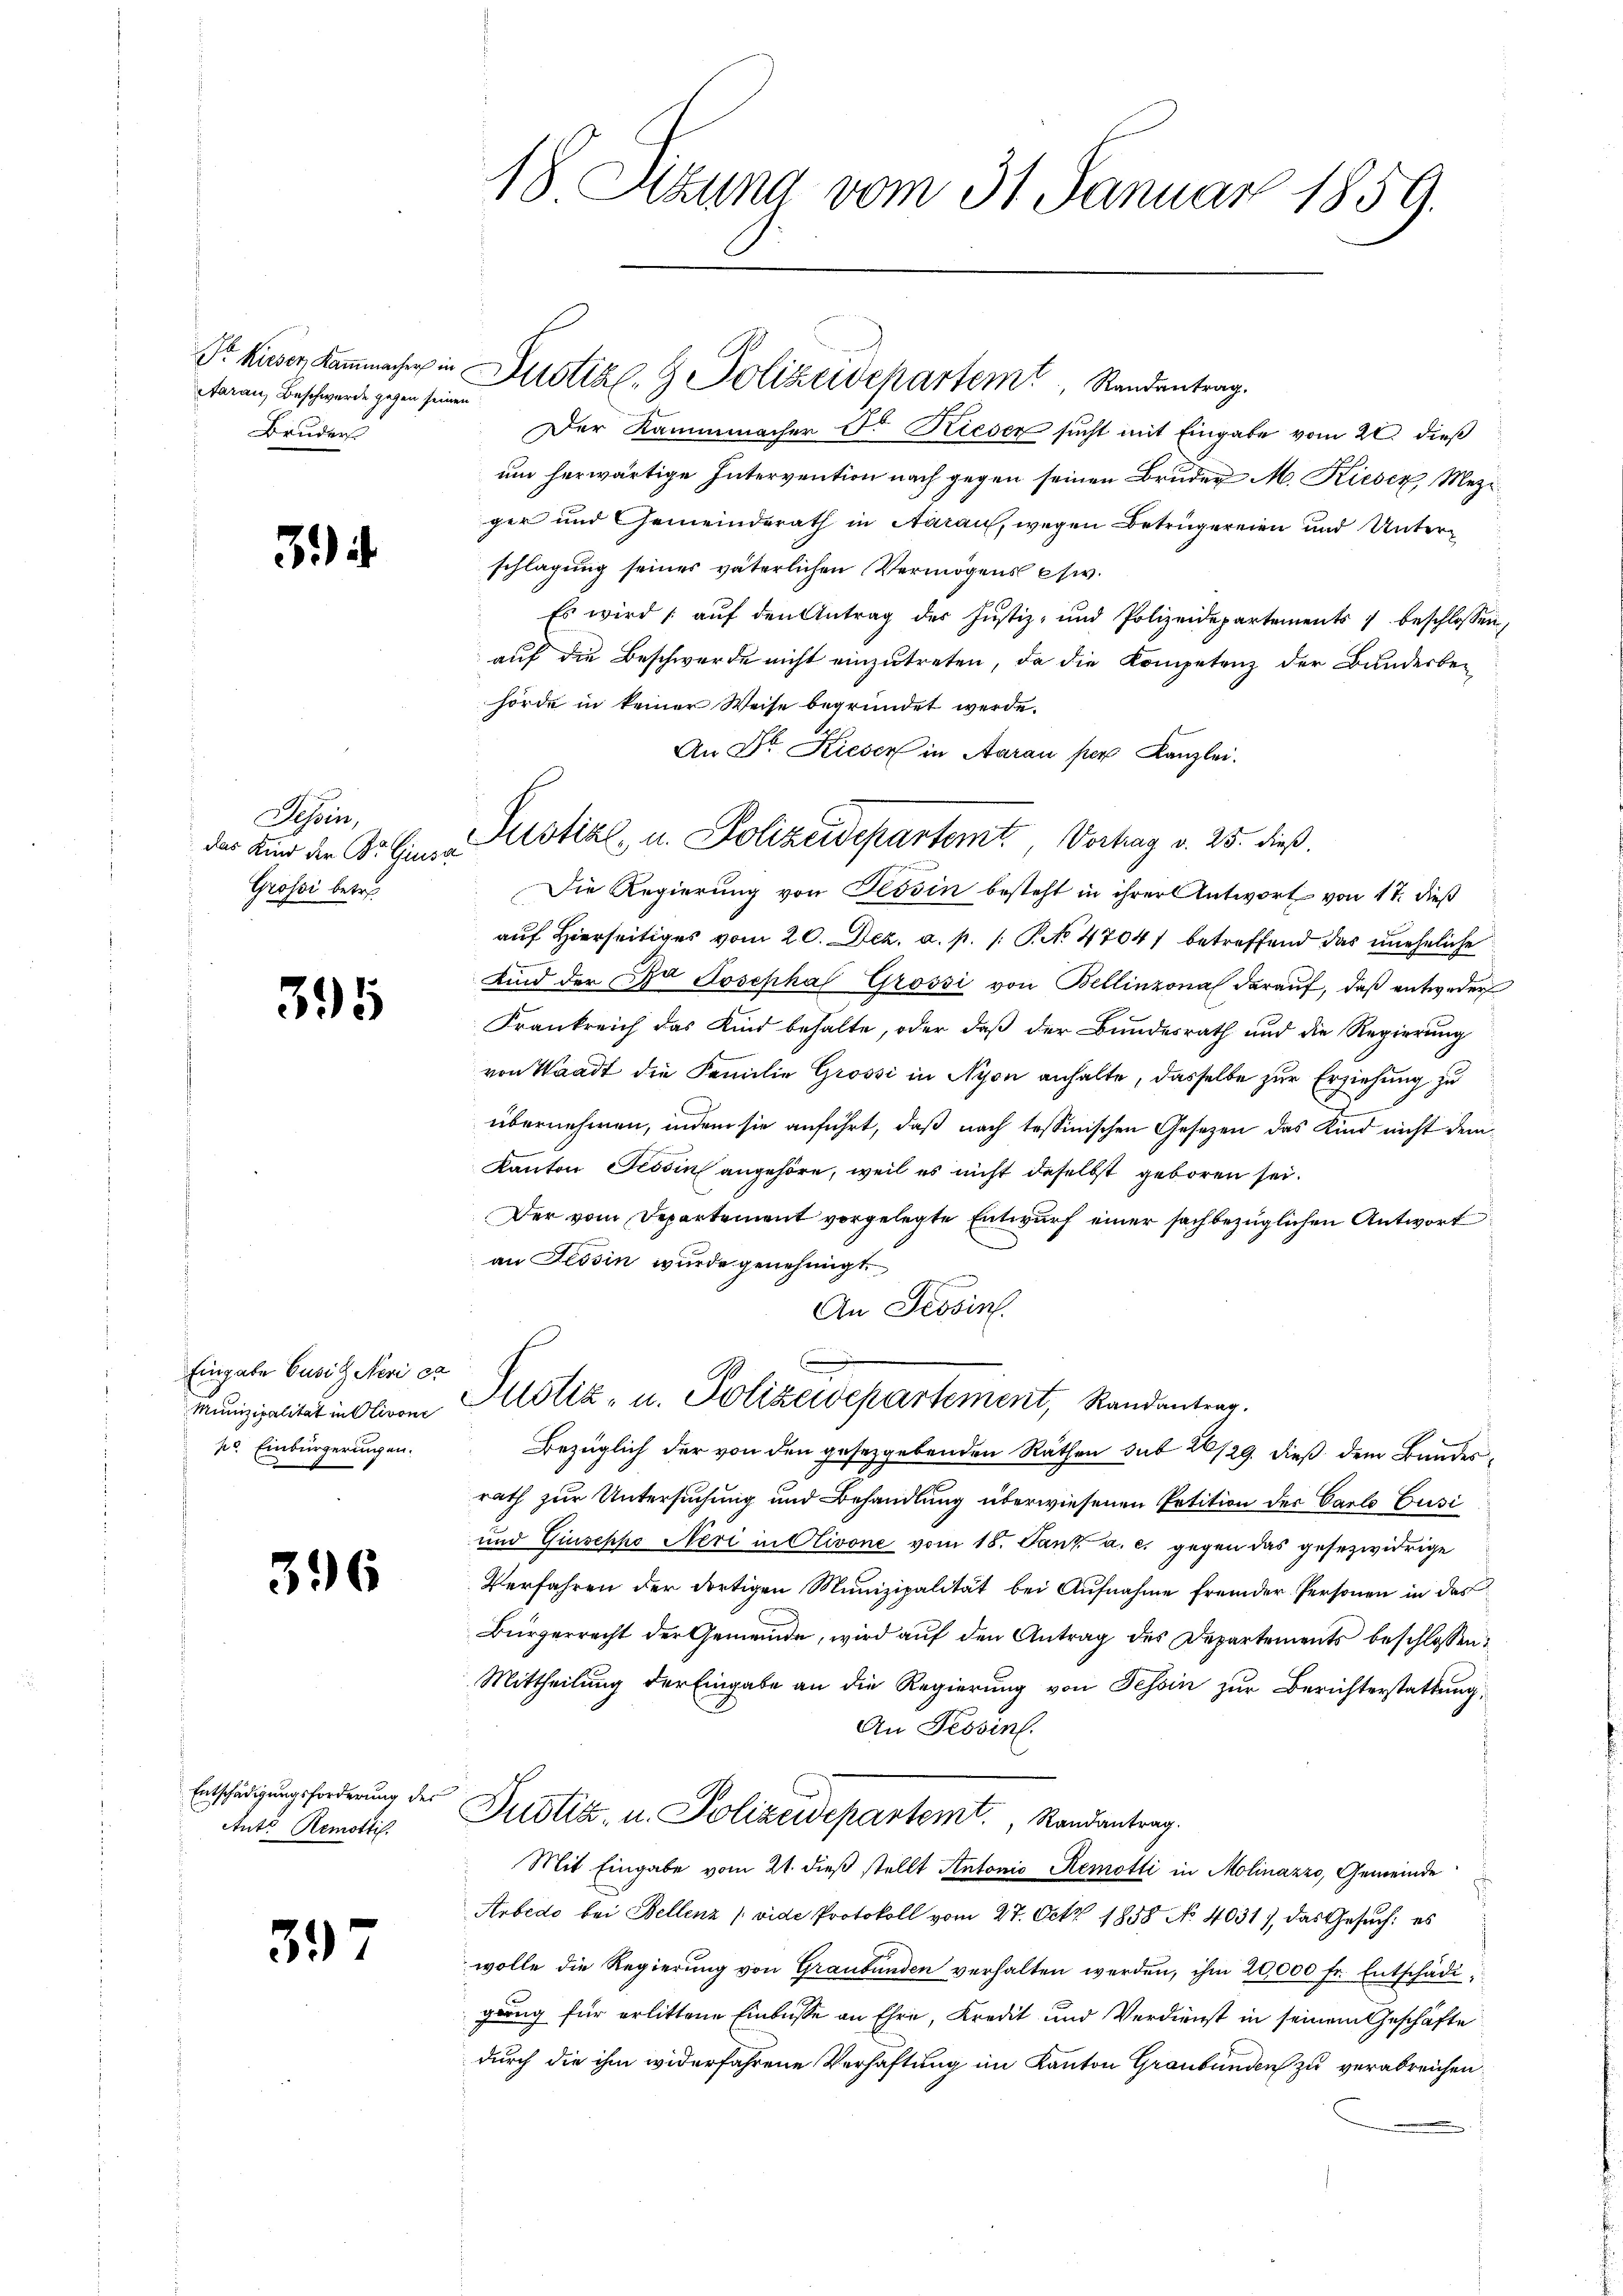
Aarau, Beschwerde gegen seinen
Bruder

3.)

Tessin,
Grossi betr.

395

Eingabe Gusitz Nevi ca
pr. Einbürgeringen.

396

Ants Remottif.

39

18 Sizung vom 31. Januar 1859.

Der Kammmacher Dr. Rieser sucht mit Eingabe vom 20. dieß
um herwärtige Intervention nach gegen seinen Bruder M. Kieser Mez
ger und Gemeinderath in Aarau, wegen Betrügereien und Unterschlagung seines väterlichen Vermögens etw
Es wird aŭf den Antrag der Justiz- und Polizeidepartements 7 beschlossen
auf die Beschwerde nicht einzutreten, da die Kompetenz der Bunderbe-
hörde in keiner Weise begründet werde.
Die Regierung von Tessin besteht in ihrer Antwort von 17. dieß
auf Hierseitiges vom 20. Dez. a. p. 1 S. 4704) betreffend das uneheliche
Kind der Da Josephal Grossi von Bellinzona darauf, daß entweder
Frankreich das Kind behalte, oder daß der Bundesrath und die Regierung
von Waadt die Familie Grossi in Nyon anhalte, dasselbe zur Erziehung zu
J
übernehmen, indem sie anführt, daß nach tessinischen Gesetzen das Kind nicht dem
Kanton Tessin angehöre, weil es nicht daselbst geboren sei.
Der vom Departement vorgelegte Entwurf einer sachbezüglichen Antwort
an Tessin wurde genehmigt.
An Tessin.
Munizipalität in Olivon Altstiz- u. Polizeidepartement, Randantrag.
Bezüglich der von den gesetzgebenden Räthen sub 26/29. dieß dem Bundesrath zur Untersuchung und Behandlung überwiesenen Petition der Carlo Pusi
und Giuseppo Neri in Clivone vom 18. Tanz. a. c. gegen das gesezwidrige
Verfahren der dortigen Munizipalität bei Aufnahme fremder Personen in das
Bürgerrecht der Gemeinde, wird auf den Antrag des Departements beschlossen:
Mittheilung der Eingabe an die Regierung von Tessin zur Berichterstattung,
An Tessin.
Entschädigungsforderung des Justiz, u. Polizeidepartemt, Randantrag.
Mit Eingabe vom 21. dieß stellt Antonio Remotti in Molinazzo, Gemeinde
Arbedo bei Bellenz (vide Protokoll vom 27. Octz 1858 No 4031), das Gesuch: es
wolle die Regierŭng von Graubünden verhalten werden, ihm 20,000 fr. Entschädigung für erlittene Einbusse an Ehre, Kredit und Verdienst in seinem Geschäfte
durch die ihm widerfahrene Verhaftung im Kanton Graubünden zu verabreichen

Sr hieser Kaṁmache in Zustiz- & Polizeidepartem Randantrag.

An Dr. Kieser in Aarau per Kanzlei.
das Kind der Dr. Ginia Listial- u. Polizeidepartemt. Vortrag v. 25. dieß.